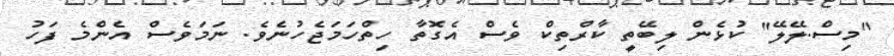
"މިސް.ލޭލޭ" ކުޅެން ލިބޭތީ ކާރްތިކް ވެސް އެގޮތާ ހިތްހަމަޖެހުނެވެ. ނަމަވެސް އެންމެ ފަހު